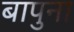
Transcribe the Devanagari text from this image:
बापुना